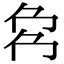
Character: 𠜌